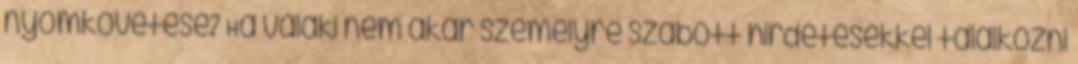
nyomkövetése? Ha valaki nem akar személyre szabott hirdetésekkel találkozni